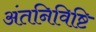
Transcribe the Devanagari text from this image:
अंतनिविष्टि